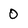
Character: 0